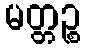
မတ္တဉ္စ